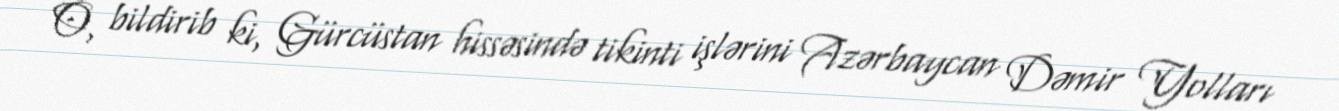
O, bildirib ki, Gürcüstan hissəsində tikinti işlərini Azərbaycan Dəmir Yolları